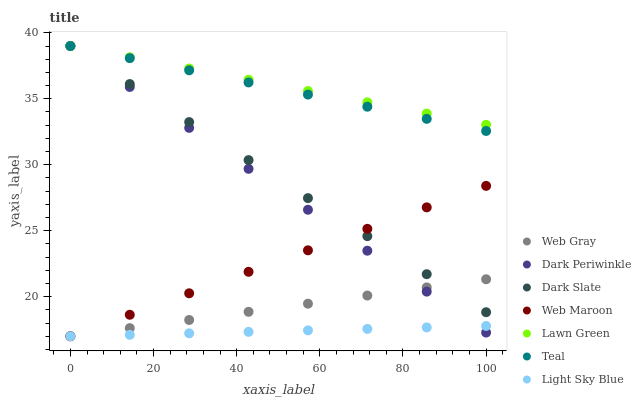
| xaxis_label | Web Gray | Dark Periwinkle | Dark Slate | Web Maroon | Lawn Green | Teal | Light Sky Blue |
 | --- | --- | --- | --- | --- | --- | --- | --- |
 | 0 | 17 | 39 | 39 | 17 | 39 | 39 | 17 |
 | 14.3 | 17.6 | 35.9 | 36.1 | 18.6 | 38.1 | 38.1 | 17.1 |
 | 28.6 | 18.2 | 32.8 | 33.2 | 20.3 | 37.3 | 37.2 | 17.2 |
 | 42.9 | 18.9 | 29.7 | 30.4 | 21.9 | 36.4 | 36.2 | 17.3 |
 | 57.1 | 19.5 | 26.6 | 27.5 | 23.5 | 35.6 | 35.3 | 17.4 |
 | 71.4 | 20.1 | 23.5 | 24.6 | 25.1 | 34.7 | 34.4 | 17.6 |
 | 85.7 | 20.7 | 20.4 | 21.7 | 26.8 | 33.9 | 33.5 | 17.7 |
 | 100 | 21.3 | 17.3 | 18.8 | 28.4 | 33 | 32.6 | 17.8 |